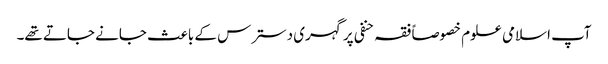
آپ اسلامی علوم خصوصاً فقہ حنفی پر گہری دسترس کے باعث جانے جاتے تھے۔